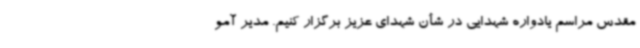
مقدس مراسم یادواره شهدایی در شأن شهدای عزیز برگزار کنیم. مدیر آمو